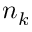
n _ { k }